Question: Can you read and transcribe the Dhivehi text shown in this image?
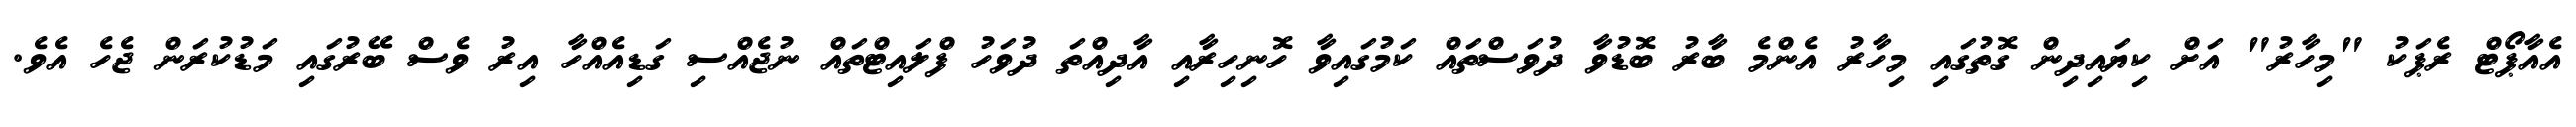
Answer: އެއާޕޯޓް ރެޕަކު "މިހާރު" އަށް ކިޔައިދިން ގޮތުގައި މިހާރު އެންމެ ބާރު ބޮޑުވާ ދުވަސްތައް ކަމުގައިވާ ހޮނިހިރާއި އާދިއްތަ ދުވަހު ފްލައިޓްތައް ނުޖެއްސި ގަޑިއެއްހާ އިރު ވެސް ބޭރުގައި މަޑުކުރަން ޖެހެ އެވެ.